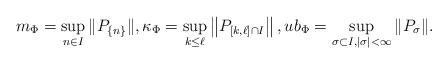
LaTeX: \begin{align*}m_{\Phi}=\sup_{n\in I}\|P_{\left\{n\right\}}\|,\kappa_{\Phi}=\sup_{k\leq\ell}\left\|P_{[k,\ell]\cap I}\right\|,ub_{\Phi}=\sup_{\sigma\subset I,|\sigma|<\infty}\|P_{\sigma}\|.\end{align*}